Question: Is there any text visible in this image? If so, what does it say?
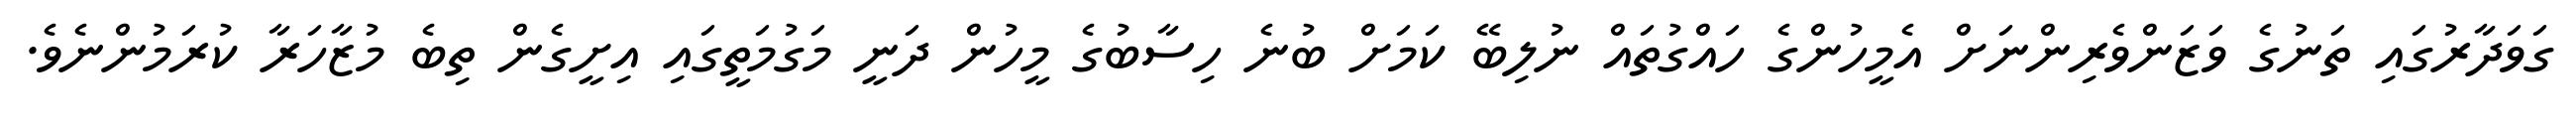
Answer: ގަވަދާރުގައި ތަނުގެ ވަޒަންވެރިންނަށް އެމީހުންގެ ހައްގުތައް ނުލިބޭ ކަމަށް ބުނެ ހިސާބުގެ މީހުން ދަނީ މަގުމަތީގައި އިށީގެން ތިބެ މުޒާހަރާ ކުރަމުންނެވެ.